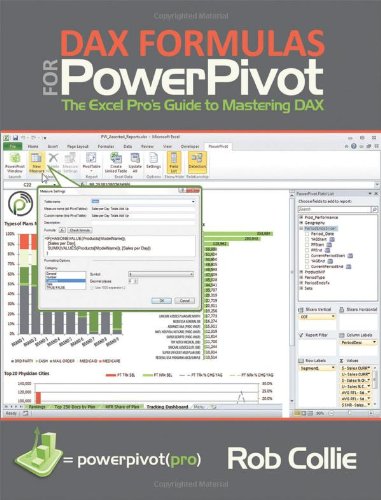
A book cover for DAX Formulas for PowerPivot: A Simple Guide to the Excel Revolution; Rob Collie; Computers & Technology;